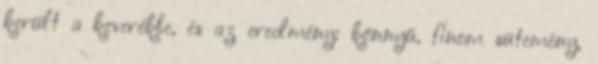
került a keverékbe, és az eredmény: könnyű, finom sütemény,